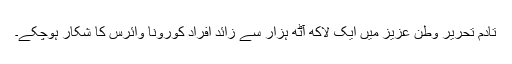
تادمِ تحریر وطن عزیز میں ایک لاکھ آٹھ ہزار سے زائد افراد کورونا وائرس کا شکار ہوچکے۔